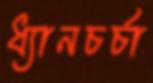
ধ্যানচর্চা